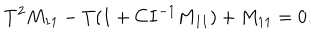
T ^ { 2 } M _ { 1 1 } - T ( 1 + C I ^ { - 1 } M _ { 1 1 } ) + M _ { 1 1 } = 0 .